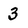
Character: 3